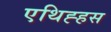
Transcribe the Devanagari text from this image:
एथिह्हस